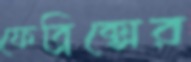
ফেব্রিক্সের